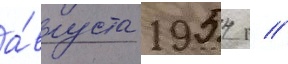
а́вгуста 1954 г //